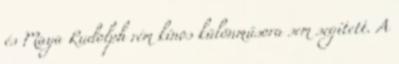
és Maya Rudolph rém kínos különműsora sem segített. A